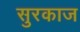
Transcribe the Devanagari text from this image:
सुरकाज